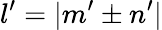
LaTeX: l^{\prime}=|m^{\prime}\pm n^{\prime}|